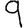
Digit: 9